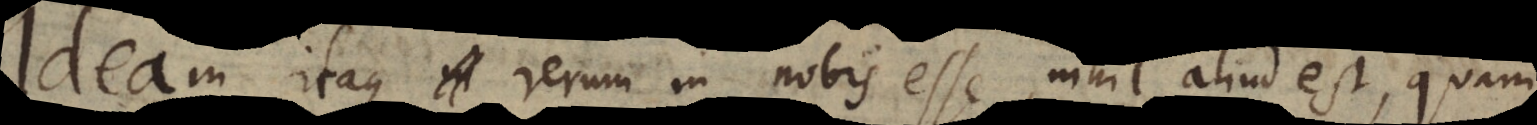
Ideam itaque in rerum in nobis esse, nihil aliud est, quam